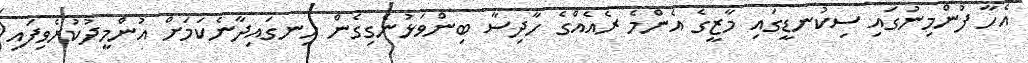
އެހާ ފުންމިނުގައި ސިކުނޑީގައި މާޒީގެ އެންމެ ރެއެއްގެ ހާދިސާ ބިންވަޅުނެގިގެން ހިނގައިދާނެކަމަށް އުންމީދުކުރެވިފައި